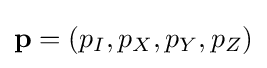
\mathbf {p} =\left(p_{I},p_{X},p_{Y},p_{Z}\right)